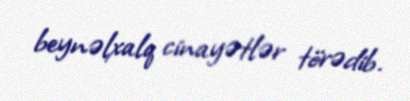
beynəlxalq cinayətlər törədib.